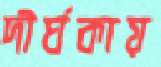
দীর্ঘকায়